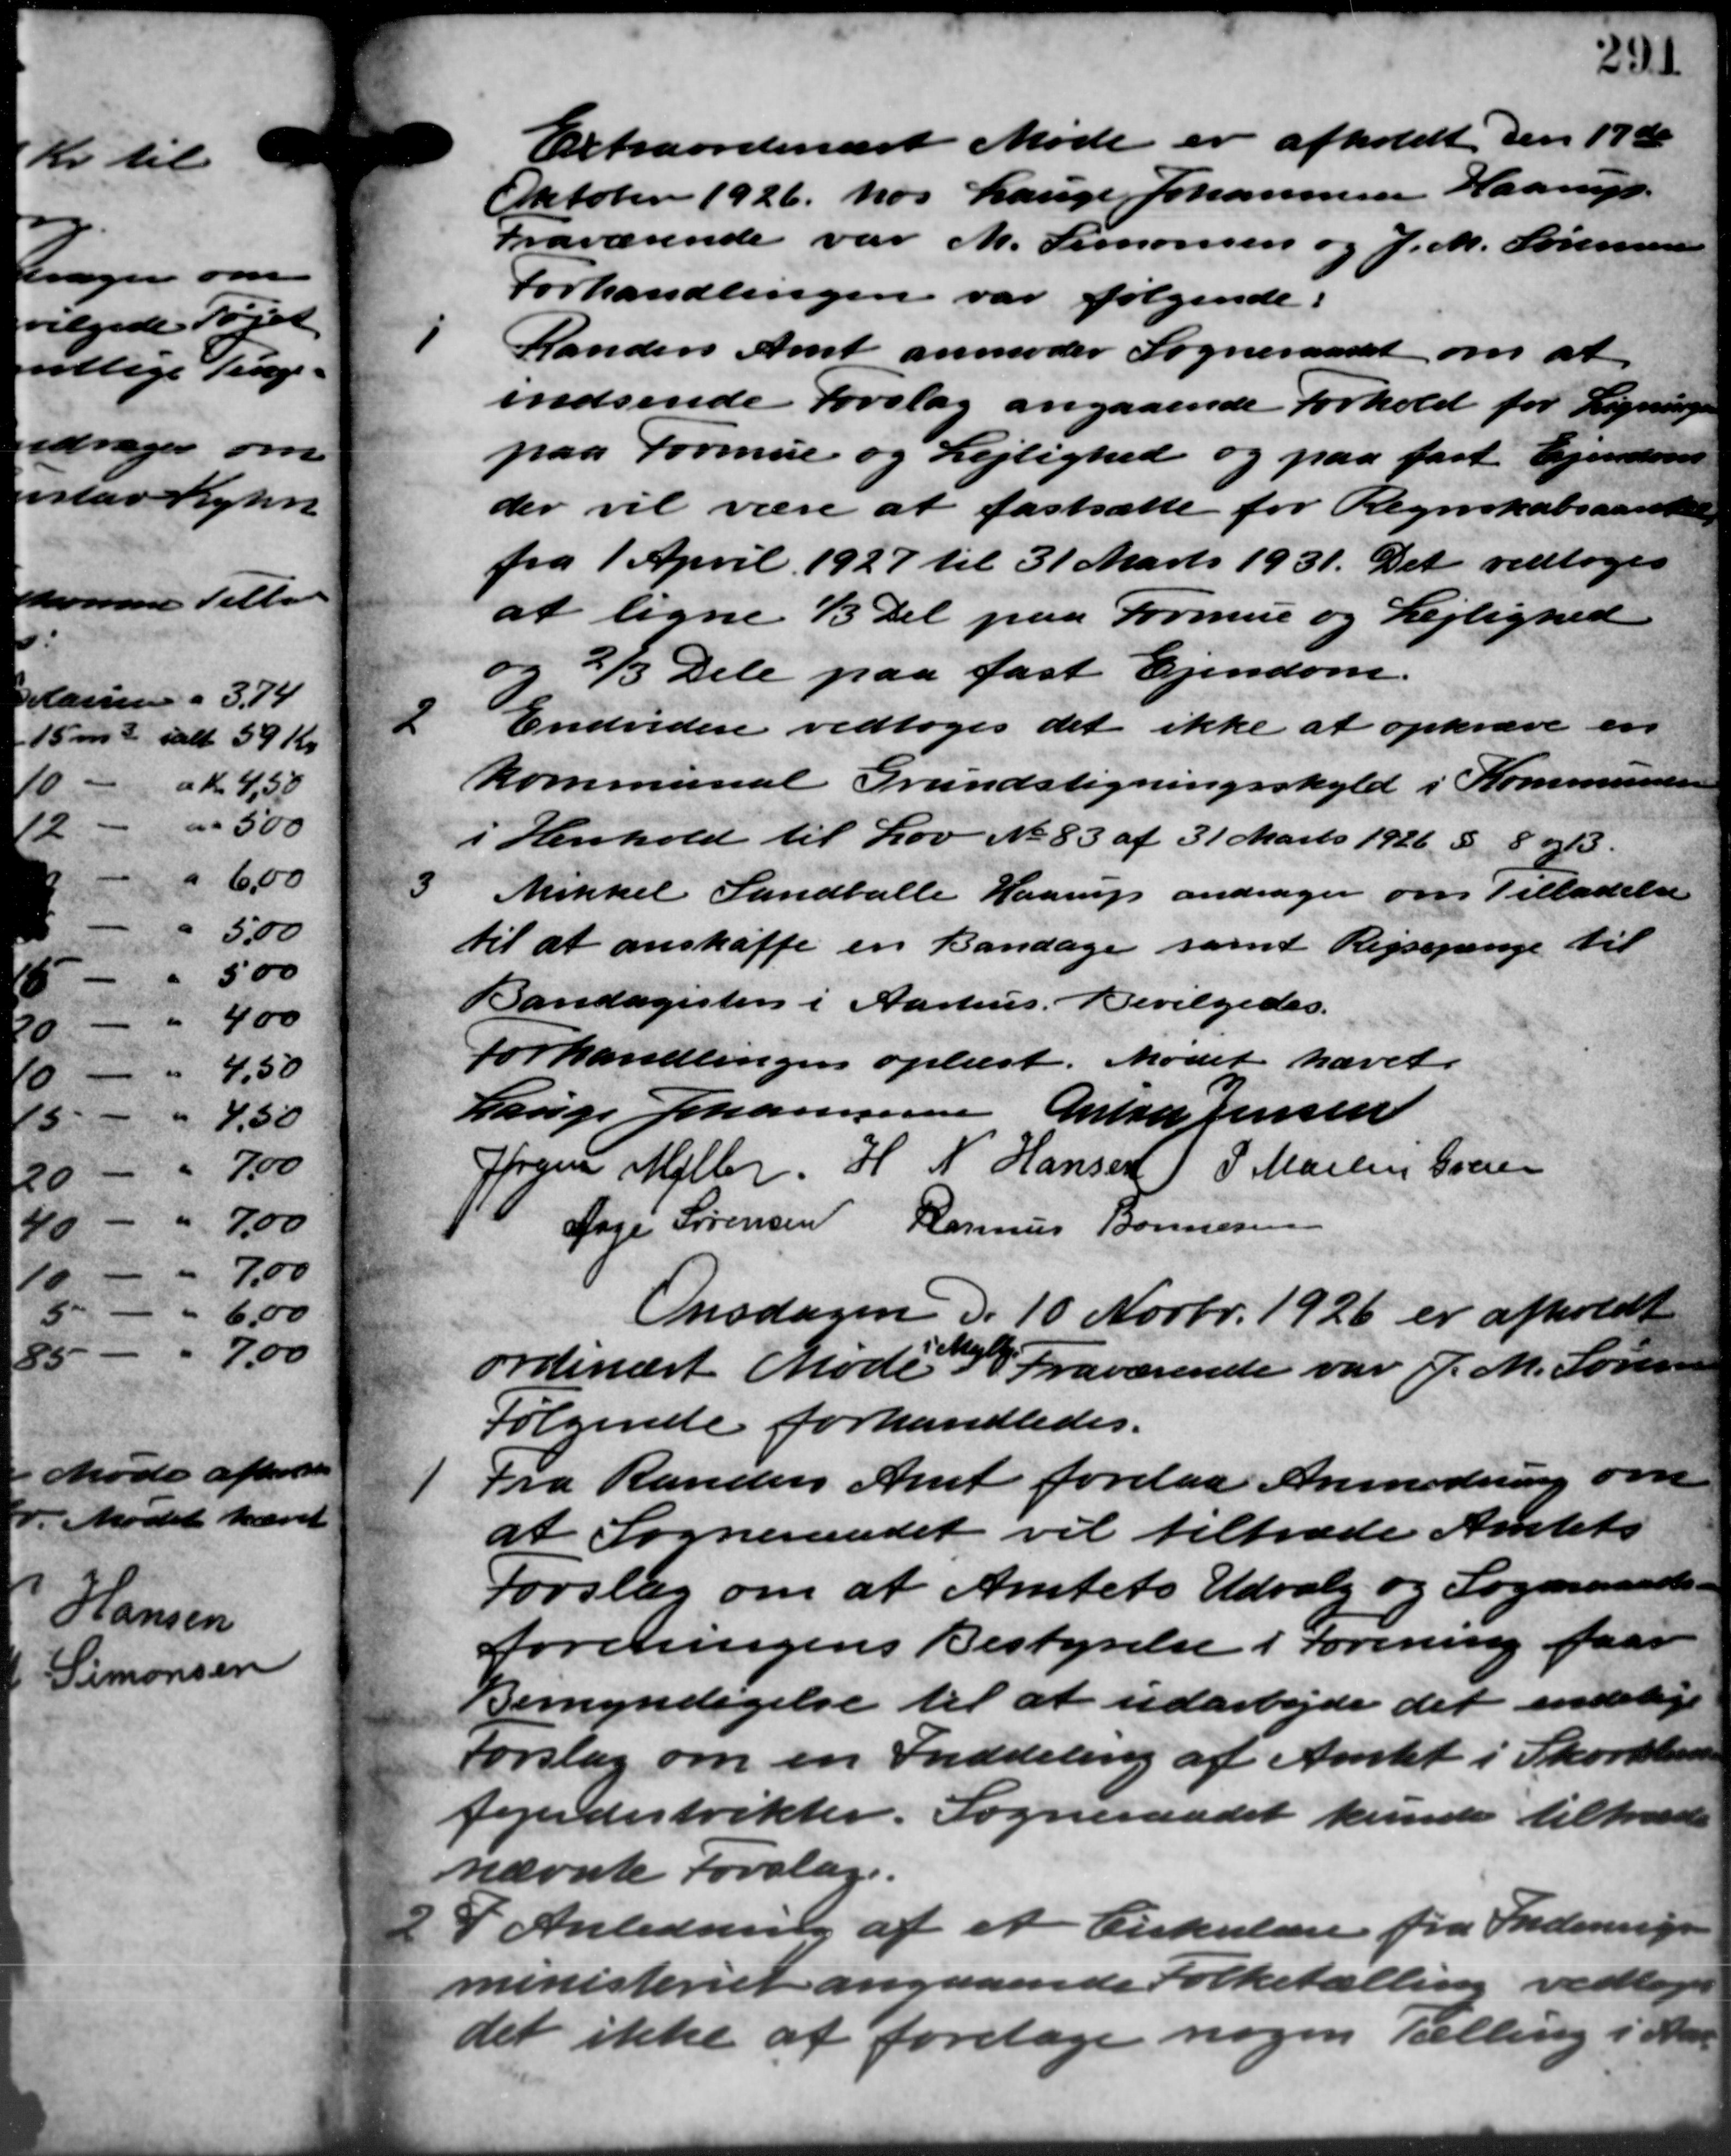
Transskription:
Extraordinært Møde er afholdt den 17d
Oktober 1926 hos Lauge Johannesen Haarup
Fraværende var M. Simonsen og J. M. Sørensen
Forhandlingen var følgende:
1
Randers Amt anmoder Sogneraadet om at
indsende Forslag angaaende Forhold for Lignings
paa Formue og Lejlighed og paa fast Ejendom
der vil være at fastsætte for Regnskabsaaretele
fra 1 April 1927 til 31 Marts 1931. Det vedtoges
at ligne 1/3 del paa Formue og Lejlighed
og 2/3 Dele paa fast Ejendom.
Endvidere vedtoges det ikke at opkræve en
Kommunal Grundstigningsskyld i Kommunen
i Henhold til Lov No 83 af 31 Marts 1926 d. 8 og 13.

Mikkel Landballe Haarup andrager om Tilladelse
til at anskaffe en Bandage samt Rejsepenge til
Bandagisten i Aarhus. Bevilgedes.
forhandlingen oplæst. Mødet hævet.
Lauge Johannesen Antia Jensen
Jøren Møller H. N. Hansen) P. Martin Galer
Aage Sørensen Rasmus Bonnesen
Onsdagen d. 10 Novbr. 1926 er afholdt
ordinært Møde i Fraværende var J. M. Sørensen
Følgende forhandledes.
1 Fra Randers Amt forelaa Anmodning om
1 Fra Randers Amt forelaa Anmodning om
at Sogneraadet vil tiltræde Amtets
Forslag om at Amtets Udvalg og Sogneraads-
Foreningens Bestyrelse i Forening faar
Bemyndigelse til at udarbejde det endelige
Forslag om en Inddeling af Amtet i Skorstande
fejerdistrikter. Sogneraadet kunde tiltræde
nævnte Forslag.
2 I Anledning af et Cirkulære fra Indenrigs
2 I Anledning af et Cirkulære fra Indenrigs
ministeriet angaaende Folketælling vedtoges
det ikke at foretage nogen Tælling i Aar
2